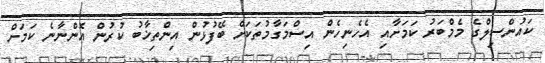
ކައުންސިލްގެ މެމްބަރު ކަމަށާއި އެހެނިހެން އިސްމަގާމުތަކަށް ބޭފުޅުން އިންތިޚާބު ކުރުން އޮންނާނެ ކަމަށް